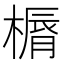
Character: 𣘣